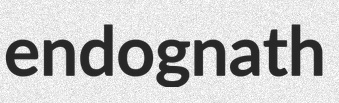
endognath